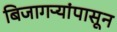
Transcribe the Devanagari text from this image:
बिजागऱ्यांपासून